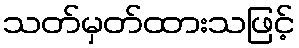
သတ်မှတ်ထားသဖြင့်